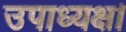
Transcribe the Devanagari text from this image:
उपाध्यक्ष।